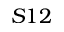
S 1 2